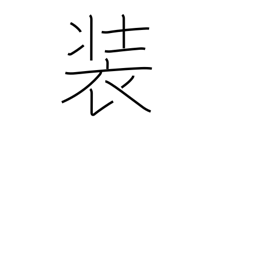
Meaning: attire